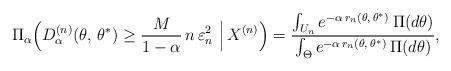
LaTeX: \begin{align*}\Pi_{\alpha} \Big(D^{(n)}_{\alpha}(\theta,\,\theta^\ast) \geq \frac{M}{1-\alpha}\, n\,\varepsilon_n^2\ \Big| \, X^{(n)}\Big) = \frac{\int_{U_n} e^{-\alpha\, r_{n}(\theta,\,\theta^\ast)} \,\Pi(d\theta)}{\int_{\Theta} e^{-\alpha\, r_{n}(\theta,\,\theta^\ast)}\, \Pi(d\theta)},\end{align*}